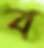
ব